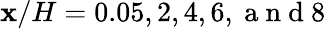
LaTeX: \mathbf{x}/H=0.05,2,4,6,\mathrm{{~a~n~d~}}8